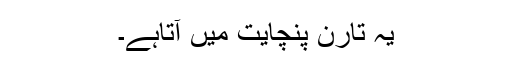
یہ تارن پنچایت میں آتاہے۔